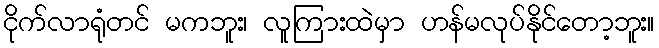
ငိုက်လာရုံတင် မကဘူး၊ လူကြားထဲမှာ ဟန်မလုပ်နိုင်တော့ဘူး။